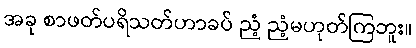
အခု စာဖတ်ပရိသတ်ဟာခပ် ညံ့ ညံ့မဟုတ်ကြဘူး။